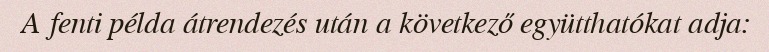
A fenti példa átrendezés után a következő együtthatókat adja: